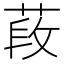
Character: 𦵍